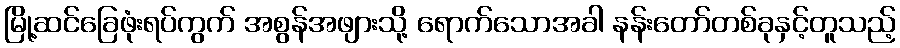
မြို့ဆင်ခြေဖုံးရပ်ကွက် အစွန်အဖျားသို့ ရောက်သောအခါ နန်းတော်တစ်ခုနှင့်တူသည့်